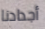
أجدادنا